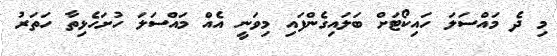
މި ދެ މައްސަލަ ހައިކޯޓަށް ބަލައިގެންފައި މިވަނީ އެއް މައްސަލަ ހުށަހެޅިތާ ހަތަރު